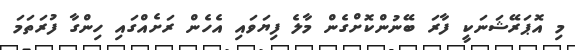
މި އޮޕަރޭޝަނަކީ ފާރަ ބޭނުންކޮށްގެން މާލެ ފިޔަވައި އެހެން ރަށެއްގައި ހިންގާ ފުރަތަމަ